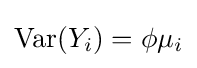
\operatorname {Var} (Y_{i})=\phi \mu _{i}